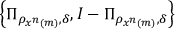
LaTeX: \left\{ \Pi _ { \rho _ { x ^ { n } \left( m \right) } , \delta } , I - \Pi _ { \rho _ { x ^ { n } \left( m \right) } , \delta } \right\}